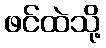
ဖင်ထဲသို့